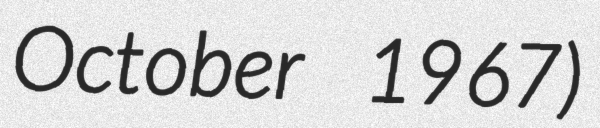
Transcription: October 1967)